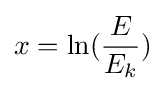
x=\ln({\frac {E}{E_{k}}})